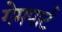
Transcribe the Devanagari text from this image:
गेमपार्ट